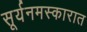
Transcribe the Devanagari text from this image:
सूर्यनमस्कारात